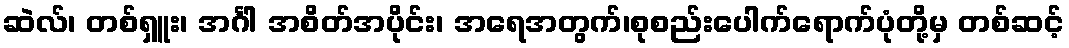
ဆဲလ်၊ တစ်ရှူး၊ အင်္ဂါ အစိတ်အပိုင်း၊ အရေအတွက်၊စုစည်းပေါက်ရောက်ပုံတို့မှ တစ်ဆင့်